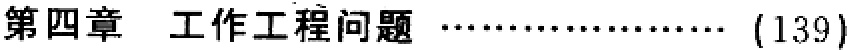
第四章 工作工程问题 \(\cdots\cdots\cdots\cdots\cdots\cdots\cdots\) (139)